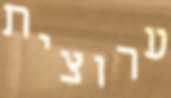
ערוצית